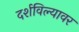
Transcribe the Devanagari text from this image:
दर्शविल्यावर